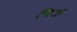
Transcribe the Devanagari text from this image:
चिऊ